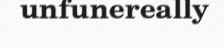
unfunereally